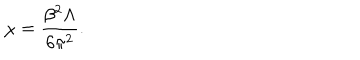
\chi = \frac { \beta ^ { 2 } \Lambda } { 6 \pi ^ { 2 } } .